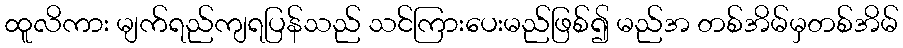
ထူလိကား မျက်ရည်ကျရပြန်သည် သင်ကြားပေးမည်ဖြစ်၍ မည်အ တစ်အိမ်မှတစ်အိမ်